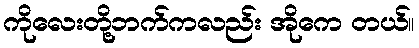
ကိုလေးတို့ဘက်ကလည်း အိုကေ တယ်။